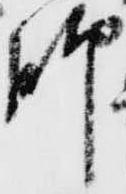
脚